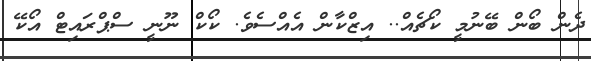
ދެން ބޯން ބޭނުމީ ކޯޗެއް.. އިޒްކާން އެއްސެވެ. ކޯކް ނޫނީ ސްޕްރައިޓް އޯކޭ